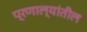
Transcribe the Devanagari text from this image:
प्रणाल्यांतील